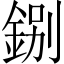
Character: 𨧢